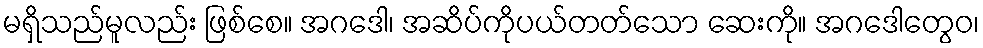
မရှိသည်မူလည်း ဖြစ်စေ။ အဂဒေါ၊ အဆိပ်ကိုပယ်တတ်သော ဆေးကို။ အဂဒေါတွေဝ၊